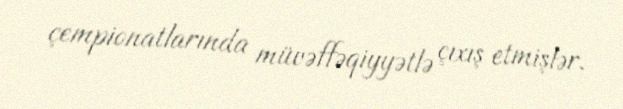
çempionatlarında müvəffəqiyyətlə çıxış etmişlər.